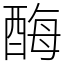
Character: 酶